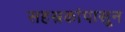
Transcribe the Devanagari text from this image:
सहस्रकांपासून